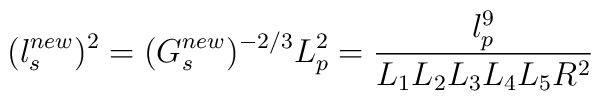
(l_{s}^{new})^{2}=(G_{s}^{new})^{-2/3} L^{2}_{p}=\frac{l_{p}^{9}}{L_1 L_2 L_3 L_4 L_5 R^2}